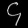
Digit: ၄